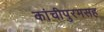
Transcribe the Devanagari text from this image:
कांचीपुरमसह